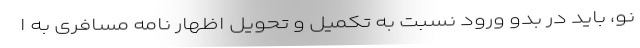
نو، باید در بدو ورود نسبت به تکمیل و تحویل اظهار نامه مسافری به ا